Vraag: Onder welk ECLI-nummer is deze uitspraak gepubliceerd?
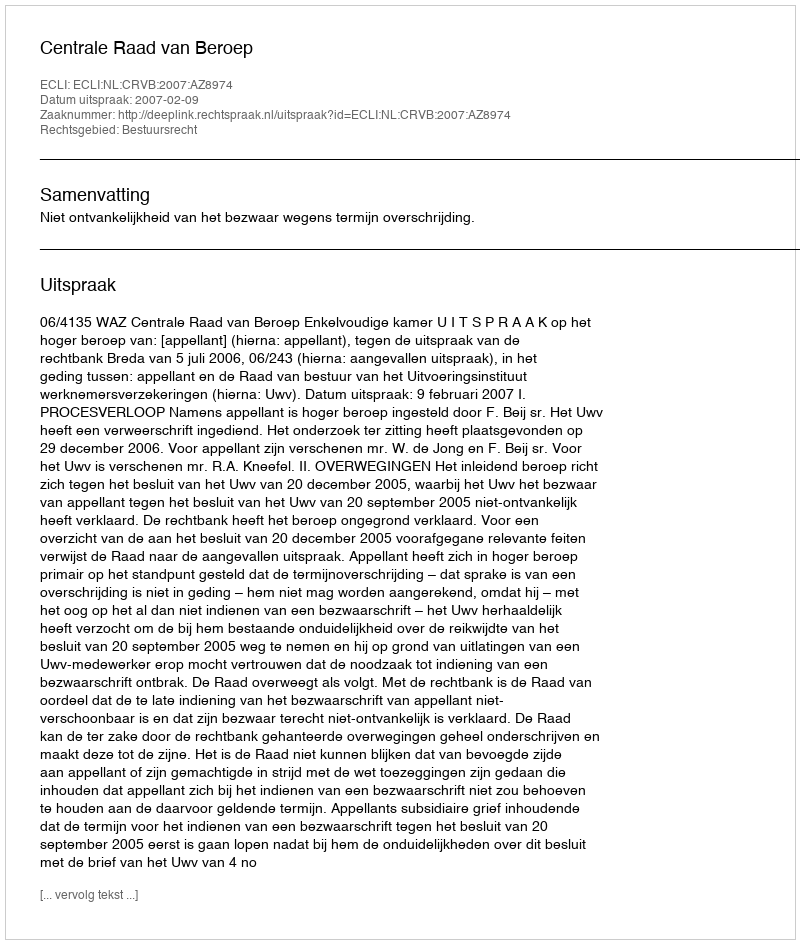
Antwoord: ECLI:NL:CRVB:2007:AZ8974